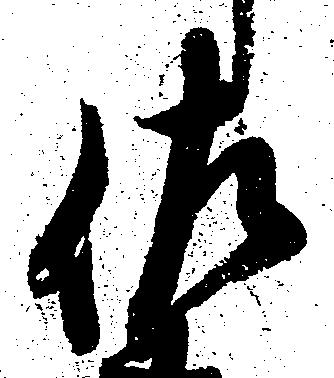
佐